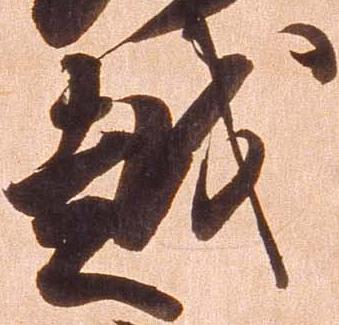
越